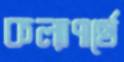
কল্যাণার্থে